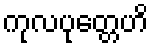
ကုလပုတ္တေဟိ